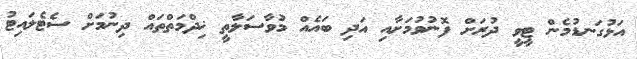
އަޅުގަނޑުމެން ޓީވީ ދުރަށް ފޮނުވުމަށާއި އަދި ބައެއް މުވާސަލާތީ ޚިދްމަތްތައް ދިނުމަށް ސެޓެލައިޓު